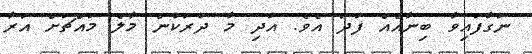
ނަގާފައިވާ ބިނާއެއް ފަދަ އެވެ. އަދި މާ ދުރަކުން މާލެ މައްޗަށް އަރާ